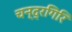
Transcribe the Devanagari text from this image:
चन्द्रगिरि